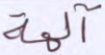
آلهة